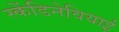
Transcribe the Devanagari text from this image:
स्केंडिनेवियाई